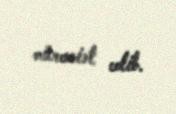
müraciət edib.